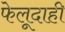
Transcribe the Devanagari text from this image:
फेलूदाही